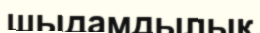
шыдамдылық